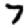
Digit: 7